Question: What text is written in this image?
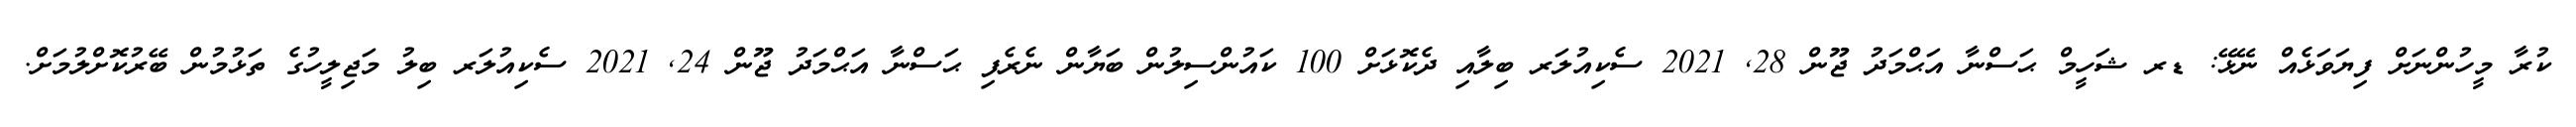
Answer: ކުރާ މީހުންނަށް ފިޔަވަޅެއް ނޭޅޭ: ޑރ ޝަހީމް ޙަސްނާ އަޙްމަދު ޖޫން 28, 2021 ސެކިއުލަރ ބިލާއި ދެކޮޅަށް 100 ކައުންސިލުން ބަޔާން ނެރެފި ޙަސްނާ އަޙްމަދު ޖޫން 24, 2021 ސެކިއުލަރ ބިލު މަޖިލީހުގެ ތަޅުމުން ބޭރުކޮށްލުމަށް.